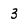
Character: 3